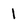
Character: 1